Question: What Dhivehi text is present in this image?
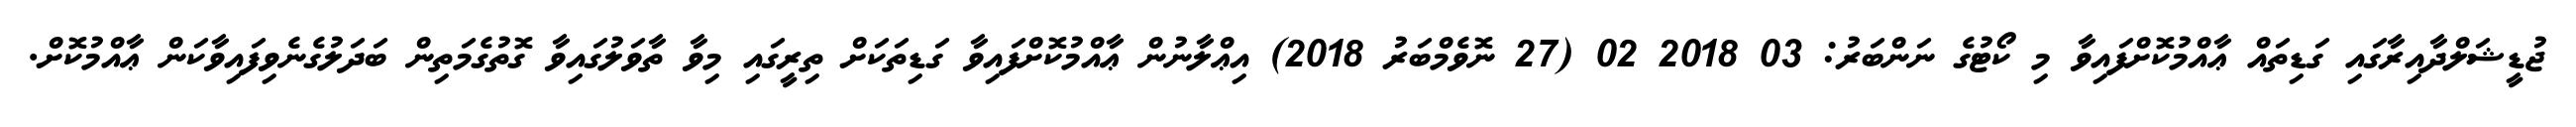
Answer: ޖުޑީޝަލްދާއިރާގައި ގަޑިތައް ޢާއްމުކޮށްފައިވާ މި ކޯޓުގެ ނަންބަރު: 03 2018 02 (27 ނޮވެމްބަރު 2018) އިޢްލާނުން ޢާއްމުކޮށްފައިވާ ގަޑިތަކަށް ތިރީގައި މިވާ ތާވަލުގައިވާ ގޮތުގެމަތިން ބަދަލުގެނެވިފައިވާކަން ޢާއްމުކޮށް.